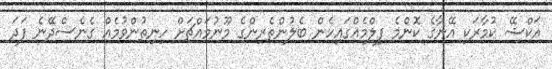
އަކްޝޭ ކުމާރަކި އޭނާގެ ކޮންމެ ފިލްމެއްގައިހެން ބެލުންތެރިންގެ މޫނުމައްޗަށް ހިނިތުންވުމެއް ގެނެސްދޭނެ ފަދަ